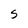
Character: S